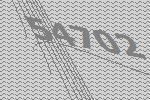
54702